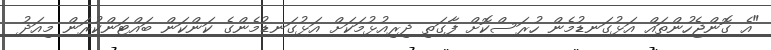
"އެ ގޮންޖެހުންތައް އަޅުގަނޑުމެން ހުރަސްކޮށް ފާގަތި ދިރިއުޅުމަކަށް އަޅުގަނޑުމެންގެ ކަންކަން ބައްޓަންކުރަން މިއަދު